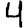
Digit: 4